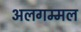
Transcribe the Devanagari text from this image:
अलगम्मल